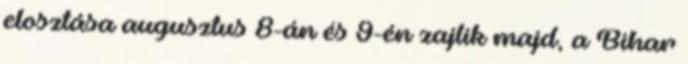
elosztása augusztus 8-án és 9-én zajlik majd, a Bihar